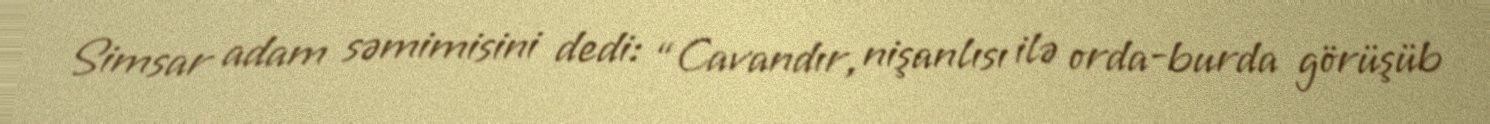
Simsar adam səmimisini dedi: “Cavandır, nişanlısı ilə orda-burda görüşüb